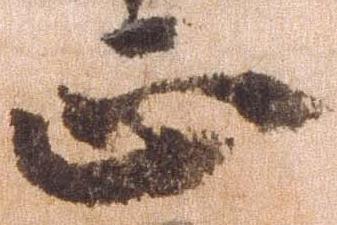
正